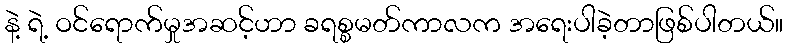
နဲ့ ရဲ့ ဝင်ရောက်မှုအဆင့်ဟာ ခရစ္စမတ်ကာလက အရေးပါခဲ့တာဖြစ်ပါတယ်။